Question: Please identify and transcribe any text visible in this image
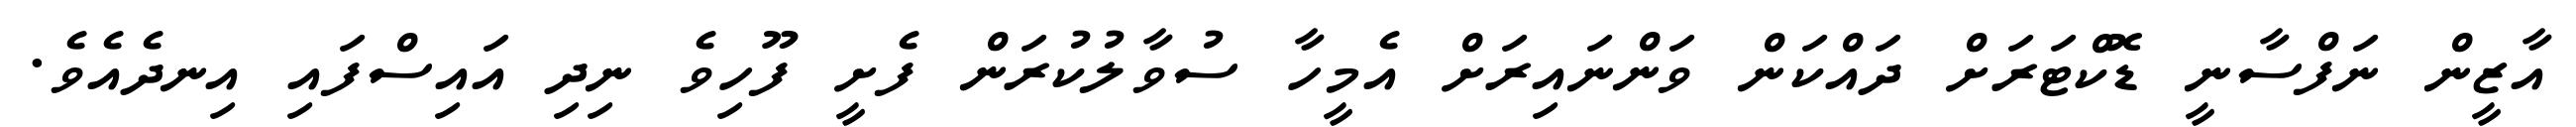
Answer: އާޒީން ނަފްސާނީ ޑޮކްޓަރަށް ދައްކަން ވަންނައިރަށް އެމީހާ ސުވާލުކުރަން ފެށީ ފޫހިވެ ނިދި އައިސްފައި އިނދެއެވެ.